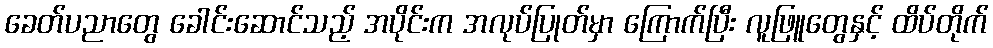
ခေတ်ပညာတွေ ခေါင်းဆောင်သည့် အပိုင်းက အလုပ်ပြုတ်မှာ ကြောက်ပြီး လူဖြူတွေနှင့် ထိပ်တိုက်